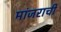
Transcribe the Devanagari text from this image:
मांजराची